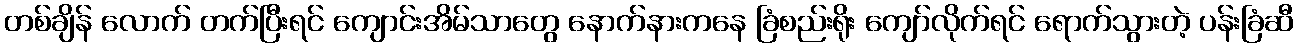
တစ်ချိန် လောက် တက်ပြီးရင် ကျောင်းအိမ်သာတွေ နောက်နားကနေ ခြံစည်းရိုး ကျော်လိုက်ရင် ရောက်သွားတဲ့ ပန်းခြံဆီ